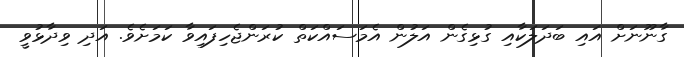
ގާނޫނަށް އައި ބަދަލަކާއި ގުޅިގެން އަލުން އެމަސައްކަތް ކުރަންޖެހިފައިވާ ކަމަށެވެ. އަދި ވިދާޅުވީ